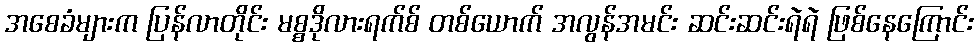
အစေခံများက ပြန်လာတိုင်း မစ္စဒိုလားရက်စ် တစ်ယောက် အလွန်အမင်း ဆင်းဆင်းရဲရဲ ဖြစ်နေကြောင်း